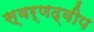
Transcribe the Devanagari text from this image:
स्वर्णद्वीप